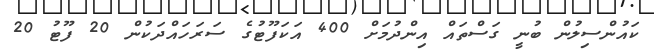
ކައުންސިލުން ބުނީ ގަސްތައް އިންދުމަށް 400 އަކަފޫޓުގެ ސަރަހައްދަކުން 20 ފޫޓު 20